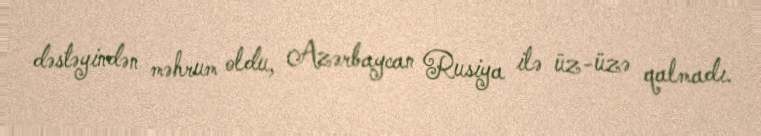
dəstəyindən məhrum oldu, Azərbaycan Rusiya ilə üz-üzə qalmadı.